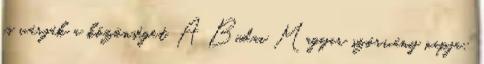
is várják a közönséget. A Budai Magyar szórvány napja: